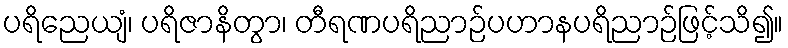
ပရိညေယျံ၊ ပရိဇာနိတွာ၊ တီရဏပရိညာဉ်ပဟာနပရိညာဉ်ဖြင့်သိ၍။